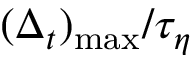
( \Delta _ { t } ) _ { \operatorname* { m a x } } / \tau _ { \eta }